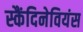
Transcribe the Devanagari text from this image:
स्कैंदिनेवियंस